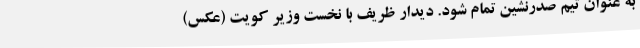
به عنوان تیم صدرنشین تمام شود. دیدار ظریف با نخست وزیر کویت (عکس)